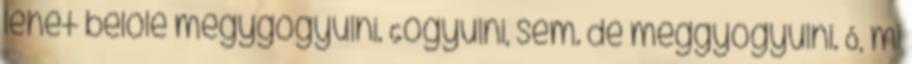
lehet belőle megygógyulni. Gógyulni, sem. de meggyógyulni. Ó, mi